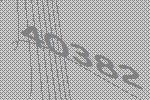
40382